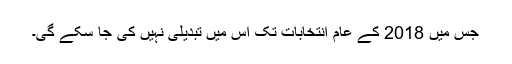
جس میں 2018 کے عام انتخابات تک اس میں تبدیلی نہیں کی جا سکے گی۔